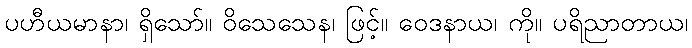
ပဟီယမာနာ၊ ရှိသော်။ ဝိသေသေန၊ ဖြင့်။ ဝေဒနာယ၊ ကို။ ပရိညာတာယ၊